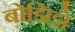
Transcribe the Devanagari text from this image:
बोझिझे